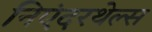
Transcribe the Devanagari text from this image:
निएंदरथेल्स